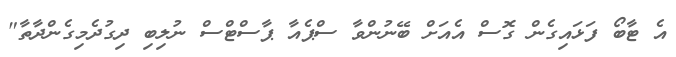
އެ ޓާބޯ ފަޅައިގެން ގޮސް އެއަށް ބޭނުންވާ ސްޕެއާ ޕާސްޓްސް ނުލިބި ދިގުދެމިގެންދާތާ"